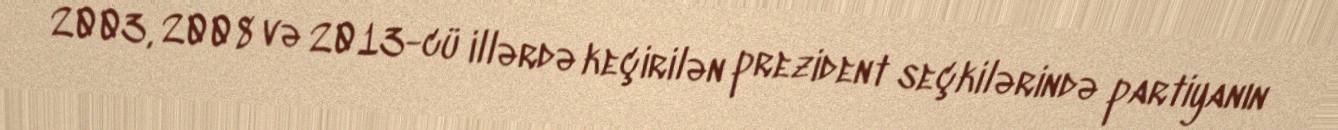
2003, 2008 və 2013-cü illərdə keçirilən prezident seçkilərində partiyanın